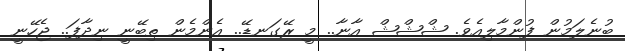
ބުނެލަމުން ފުންމާލިއެވެ. ޝްޝްޝް އާނާ.. މީ ރޭގަނޑޭ.. އެންމެން ތިބޭނީ ނިދާފަ.. ޖެހޭނީ